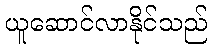
ယူဆောင်လာနိုင်သည်